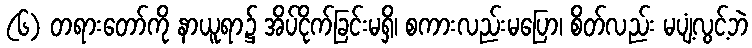
(၆) တရားတော်ကို နာယူရာ၌ အိပ်ငိုက်ခြင်းမရှိ၊ စကားလည်းမပြော၊ စိတ်လည်း မပျံ့လွင့်ဘဲ